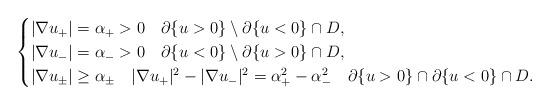
LaTeX: \begin{align*}\begin{cases}|\nabla u_+|=\alpha_+>0\quad\partial\{u>0\}\setminus \partial\{u<0\}\cap D,\\|\nabla u_-|=\alpha_->0\quad\partial\{u<0\}\setminus \partial\{u>0\}\cap D,\\|\nabla u_\pm|\ge \alpha_\pm\quad|\nabla u_+|^2-|\nabla u_-|^2=\alpha_+^2-\alpha_-^2\quad\partial\{u>0\}\cap \partial\{u<0\}\cap D.\end{cases}\end{align*}